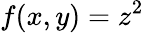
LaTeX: f(x,y)=z^{2}